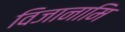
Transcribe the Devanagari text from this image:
विजानामि